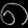
Digit: ၈